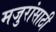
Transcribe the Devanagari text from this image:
मजुरांसाठी